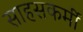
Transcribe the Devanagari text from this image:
साहसकर्मी